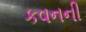
કવનની